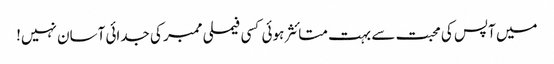
میں آپس کی محبت سے بہت متائثر ہوئی کسی فیملی ممبر کی جدائی آسان نہیں!